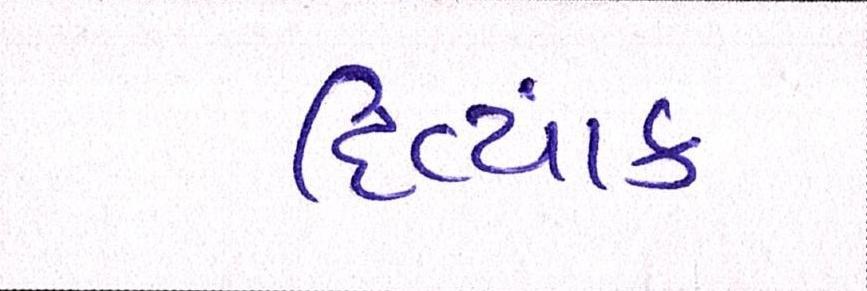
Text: દિવ્યાંક